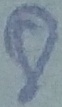
Text: 8